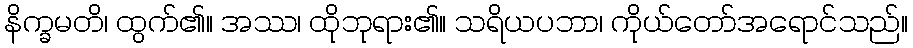
နိက္ခမတိ၊ ထွက်၏။ အဿ၊ ထိုဘုရား၏။ သရိယပဘာ၊ ကိုယ်တော်အရောင်သည်။